Civil Veterinary Department Bengal reports 1923-33 - 1923-1933
Year: 1923
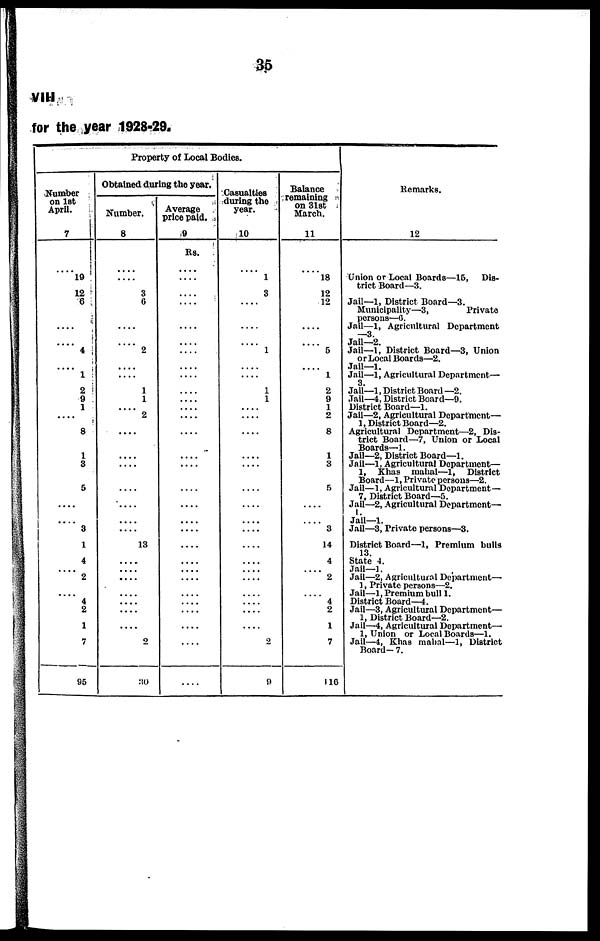
35
VIII
for the year 1928-29.
Property of Local Bodies.
Number
on 1st
April.
7
19
12
6
....
....
4
1
2
9
1
....
8
1
3
5
....
3
1
4
....
2
....
4
2
1
7
95
Obtained during the year.
Number.
8
.....
3
6
....
....
2
....
1
1
....
2
....
....
....
....
....
....
13
....
....
....
....
....
....
....
2
30
Average
price paid.
9
Rs.
....
....
....
....
....
....
....
....
....
....
....
....
....
....
....
....
....
....
....
....
....
....
....
....
....
....
Casualties
during the
year.
10
....
1
3
....
....
....
1
....
1
1
....
....
....
....
....
....
....
....
....
....
....
....
....
....
....
....
2
9
Balance
remaining
on 31st
March.
11
....
18
12
12
....
....
5
1
2
9
1
2
8
1
3
5
....
3
14
4
2
4
2
1
7
116
Remarks.
12
Union or Local Boards—16, Dis-
trict Board—3.
Jail—1, District Board—3.
Municipality—3,
Private
persons—6
Jail—1, Agricultural Department
3
Jail—2.
Jail—1, District Board—3, Union
or Local Boards—2.
Jail—1.
Jail—1, Agricultural Department—
3
Jail—1, District Board —2.
Jail—4. District Board—9.
District Board—1.
Jail—2, Agricultural Department—
1, District Board—2.
Agricultural Department—2, Dis-
trict Board—7, Union or Local
Boards—1.
Jail—2, District Board—1.
Jail—1, Agricultural Department—
1, Khas mahal—1, District
Board—1, Private persons—2.
Jail—1, Agricultural Department—
7, District Board—5.
Jail—2, Agricultural Department—
1.
Jail—1.
Jail—3, Private persons—3.
District Board—1, Premium bulls
13.
State 4.
Jail—1.
Jail—2. Agricultural Department—
1, Private persons—2.
Jail—1, Premium bull 1.
District Board—4.
Jail—3, Agricultural Department—
1, District Board—2.
Jail—4, Agricultural Department—
1, Union or Local Boards—1.
Jail—4, Kims mabal—1, District
Board- 7.